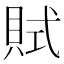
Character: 𧵻